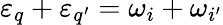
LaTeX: \varepsilon_{q}+\varepsilon_{q^{\prime}}=\omega_{i}+\omega_{i^{\prime}}